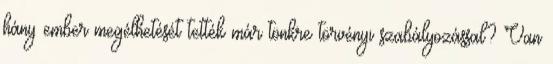
hány ember megélhetését tették már tönkre törvényi szabályozással? Van